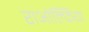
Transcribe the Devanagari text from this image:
राओल्फिया